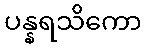
ပန္နရသိကော